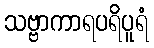
သဗ္ဗာကာရပရိပူရံ